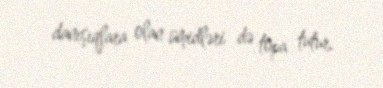
danışıqlara olan ümidləri də topa tutur.